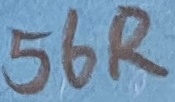
Text: 56R